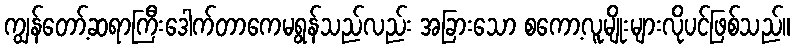
ကျွန်တော့်ဆရာကြီးဒေါက်တာကေမရွန်သည်လည်း အခြားသော စကော့လူမျိုးများလိုပင်ဖြစ်သည်။